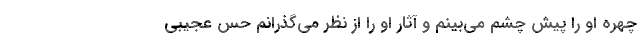
چهره او را پیش چشم می‌بینم و آثار او را از نظر می‌گذرانم حس عجیبی